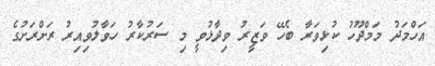
އަހްމަދު މަމްދޫހު ކުޅިވަރާ ބެހޭ ވަޒީރު ވިދާޅުވީ މި ސަރުކާރު ހަވާލުވިއިރު ރަށްރަށުގެ